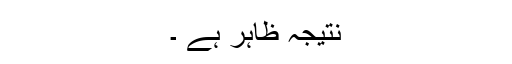
نتیجہ ظاہر ہے ۔